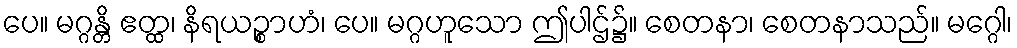
ပေ။ မဂ္ဂန္တိ ဧတ္ထ၊ နိရယဉ္စာဟံ၊ ပေ။ မဂ္ဂဟူသော ဤပါဌ်၌။ စေတနာ၊ စေတနာသည်။ မဂ္ဂေါ၊